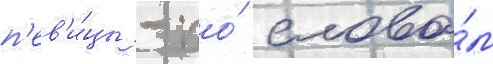
п'ев'и́цы - по́ слова́м